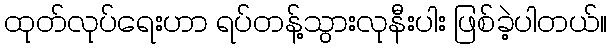
ထုတ်လုပ်ရေးဟာ ရပ်တန့်သွားလုနီးပါး ဖြစ်ခဲ့ပါတယ်။